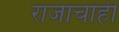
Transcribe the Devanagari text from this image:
राजाचाही